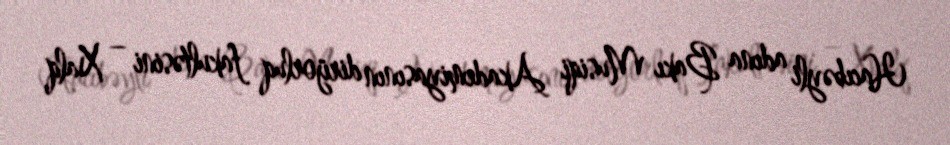
Hacıbəyli adına Bakı Musiqi Akademiyasının dirijorluq fakultəsini – Xalq